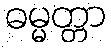
ဓမ္မတ္တာ